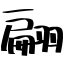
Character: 翩